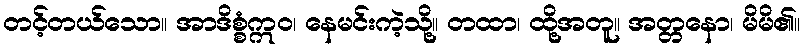
တင့်တယ်သော။ အာဒိစ္စံဣဝ၊ နေမင်းကဲ့သို့။ တထာ၊ ထို့အတူ။ အတ္တနော၊ မိမိ၏။